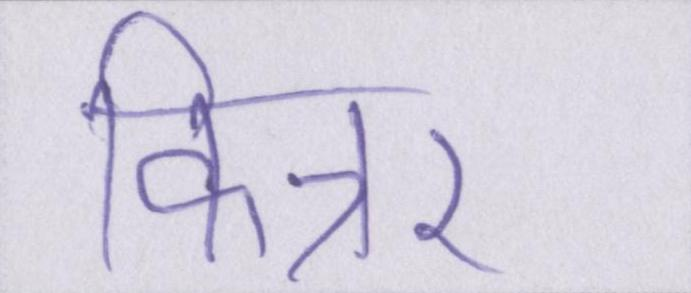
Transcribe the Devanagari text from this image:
किन्नर